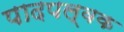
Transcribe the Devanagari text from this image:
पादपल्वक